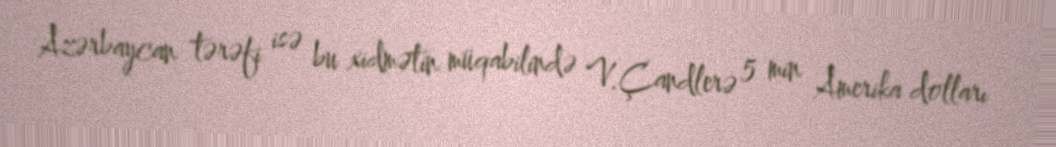
Azərbaycan tərəfi isə bu xidmətin müqabilində V.Çandlerə 5 min Amerika dolları